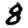
Digit: 8